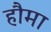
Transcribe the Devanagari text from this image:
हौमा